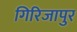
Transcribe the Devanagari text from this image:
गिरिजापुर